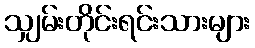
သျှမ်းတိုင်းရင်းသားများ